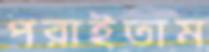
পরাইতাম